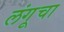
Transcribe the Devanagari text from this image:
लंगूचा